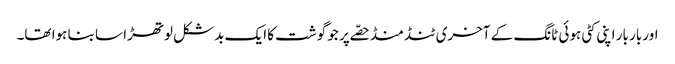
اور بار بار اپنی کٹی ہوئی ٹانگ کے آخری ٹنڈ منڈ حصّے پر جو گوشت کا ایک بدشکل لوتھڑا سا بنا ہوا تھا۔